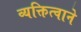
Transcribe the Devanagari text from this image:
व्यक्तित्वाने